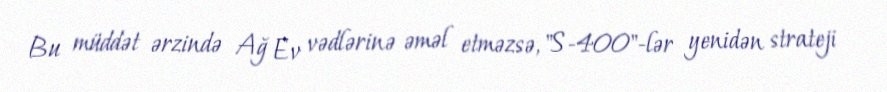
Bu müddət ərzində Ağ Ev vədlərinə əməl etməzsə, "S-400"-lər yenidən strateji